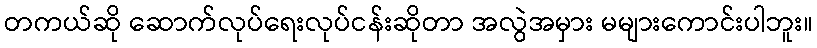
တကယ်ဆို ဆောက်လုပ်ရေးလုပ်ငန်းဆိုတာ အလွဲအမှား မများကောင်းပါဘူး။